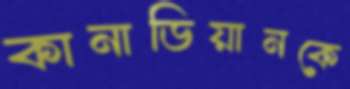
কানাডিয়ানকে